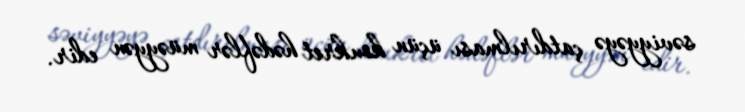
səviyyəyə çatdırılması üçün konkret hədəflər müəyyən edir.